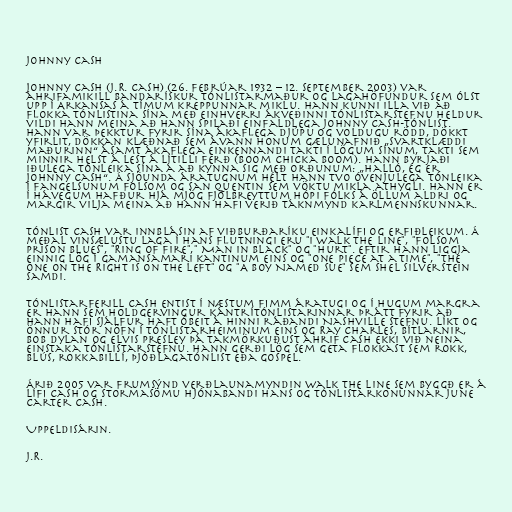
Johnny Cash

Johnny Cash (J.R. Cash) (26. febrúar 1932 – 12. september 2003) var
áhrifamikill bandarískur tónlistarmaður og lagahöfundur sem ólst
upp í Arkansas á tímum kreppunnar miklu. Hann kunni illa við að
flokka tónlistina sína með einhverri ákveðinni tónlistarstefnu heldur
vildi hann meina að hann spilaði einfaldlega Johnny Cash-tónlist.
Hann var þekktur fyrir sína ákaflega djúpu og voldugu rödd, dökkt
yfirlit, dökkan klæðnað sem ávann honum gælunafnið „Svartklæddi
maðurinn“ ásamt ákaflega einkennandi takti í lögum sínum, takti sem
minnir helst á lest á lítilli ferð (boom chicka boom). Hann byrjaði
iðulega tónleika sína á að kynna sig með orðunum: „Halló, ég er
Johnny Cash“. Á sjöunda áratugnum hélt hann tvo óvenjulega tónleika
í fangelsunum Folsom og San Quentin sem vöktu mikla athygli. Hann er
í hávegum hafður hjá mjög fjölbreyttum hópi fólks á öllum aldri og
margir vilja meina að hann hafi verið táknmynd karlmennskunnar.

Tónlist Cash var innblásin af viðburðaríku einkalífi og erfiðleikum. Á
meðal vinsælustu laga í hans flutningi eru "I Walk The Line", "Folsom
Prison Blues", "Ring of Fire"," Man in Black" og "Hurt". Eftir hann liggja
einnig lög í gamansamari kantinum eins og "One Piece at a Time", "The
One on the Right is on the Left" og "A Boy Named Sue" sem Shel Silverstein
samdi.

Tónlistarferill Cash entist í næstum fimm áratugi og í hugum margra
er hann sem holdgervingur kántrítónlistarinnar þrátt fyrir að
hann hafi sjálfur haft óbeit á hinni ráðandi Nashville stefnu. Líkt og
önnur stór nöfn í tónlistarheiminum eins og Ray Charles, Bítlarnir,
Bob Dylan og Elvis Presley þá takmörkuðust áhrif Cash ekki við neina
einstaka tónlistarstefnu. Hann gerði lög sem geta flokkast sem rokk,
blús, rokkabillí, þjóðlagatónlist eða gospel.

Árið 2005 var frumsýnd verðlaunamyndin Walk the Line sem byggð er á
lífi Cash og stormasömu hjónabandi hans og tónlistarkonunnar June
Carter Cash.

Uppeldisárin.

J.R.